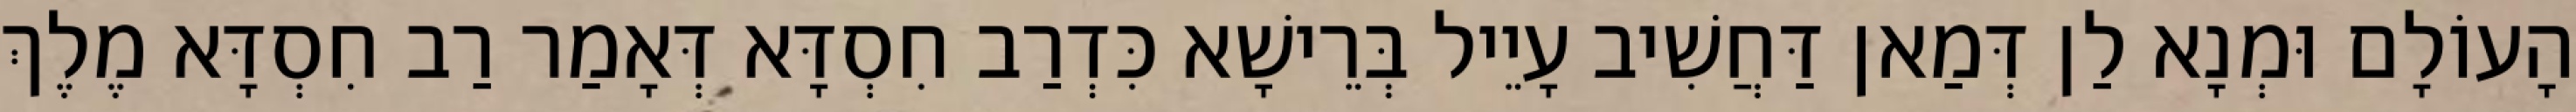
הָעוֹלָם וּמְנָא לַן דְּמַאן דַּחֲשִׁיב עָיֵיל בְּרֵישָׁא כִּדְרַב חִסְדָּא דְּאָמַר רַב חִסְדָּא מֶלֶךְ